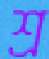
শ্র